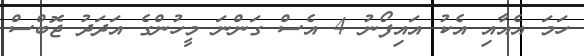
ހަމަ އެއާއި އެކު އައިފޯނު 4 އެސް ގަންނަ މީހުންގެ އަދަދު ޖޮބްސް